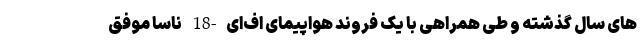
های سال گذشته و طی همراهی با یک فروند هواپیمای اف‌ای-18 ناسا موفق